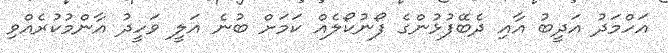
އަހްމަދު އަދީބު އާއި ދެބޭފުޅުންގެ ފޯނުކޯލެއް ކަމަށް ބުނެ އަލީ ވަހީދު އާންމުކުރެއްވި